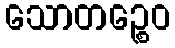
သောတဉ္စေဝ